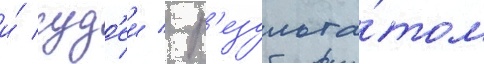
и́ суд'еи / р'езульта́том